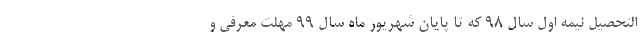
التحصیل نیمه اول سال ۹۸ که تا پایان شهریور ماه سال ۹۹ مهلت معرفی و